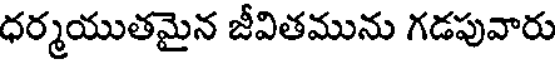
ధర్మయుతమైన జీవితమును గడపువారు